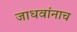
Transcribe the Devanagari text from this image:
जाधवांनाच